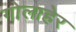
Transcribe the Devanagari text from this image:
गोलाहेर